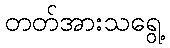
တတ်အားသရွေ့